Civil Veterinary Dept. Assam report 1927-50 - 1927-1950
Year: 1927
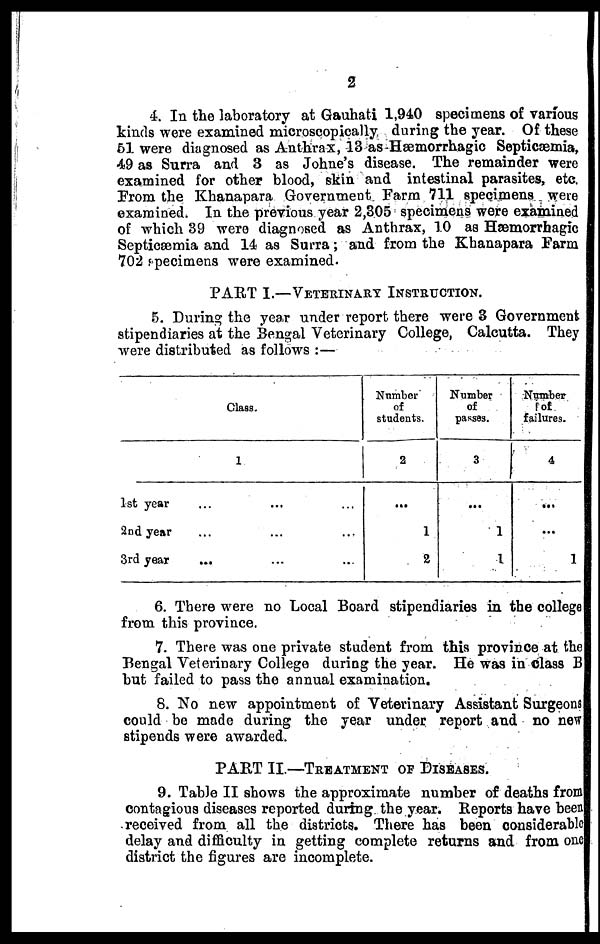
2
4. In the laboratory at Gauhati 1,940 specimens of various
kinds were examined microscopically during the year. Of these
61 were diagnosed as Anthrax, 13 as Hæmorrhagic Septicæmia,
49 as Surra and 3 as Johne's disease. The remainder were
examined for other blood, skin and intestinal parasites, etc.
From the Khanapara Government Farm 711 specimens were
examined. In the previous year 2,305 specimens were examined
of which 39 were diagnosed as Anthrax, 10 as Hæmorrhagic
Septicæmia and 14 as Surra; and from the Khanapara Farm
702 specimens were examined.
PART I.—VETERINARY INSTRUCTION.
5. During the year under report there were 3 Government
stipendiaries at the Bengal Veterinary College, Calcutta. They
were distributed as follows :—
Class.
1
1st year ... ... ...
2nd year ... ... ...
3rd year ... ... ...
Number
of
students.
2
...
1
2
Number
of
passes.
3
...
1
1
Number
of
failures.
4
...
...
1
6. There were no Local Board stipendiaries in the college
from this province.
7. There was one private student from this province at the
Bengal Veterinary College during the year. He was in class B
hut failed to pass the annual examination.
8. No new appointment of Veterinary Assistant Surgeons
could be made during the year under report and no new
stipends were awarded.
PART II.—TREATMENT OF DISEASES.
9. Table II shows the approximate number of deaths from
contagious diseases reported during the year. Reports have been
received from all the districts. There has been considerable
delay and difficulty in getting complete returns and from one
district the figures are incomplete.